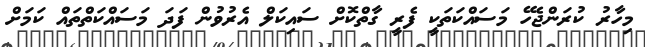
މިހާރު ކުރަންޖެހޭ މަސައްކަތަކީ ފެރީ ގާތްކޮށް ސައިކަލް އެރުވުން ފަދަ މަސައްކަތްތައް ކަމަށް